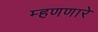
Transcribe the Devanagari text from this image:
म्हणणारे